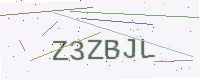
Text: Z3ZBJL